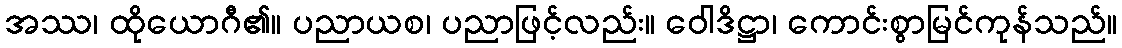
အဿ၊ ထိုယောဂီ၏။ ပညာယစ၊ ပညာဖြင့်လည်း။ ဝေါဒိဋ္ဌာ၊ ကောင်းစွာမြင်ကုန်သည်။